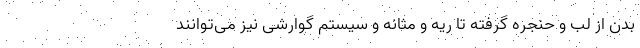
بدن از لب و حنجره گرفته تا ریه و مثانه و سیستم گوارشی نیز می‌توانند